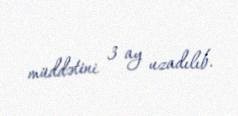
müddətini 3 ay uzadılıb.